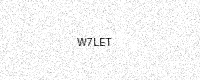
Text: W7LET